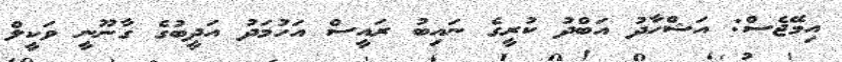
އިމޭޖެސް: އަޝްހާދު އަބްދު ކުރީގެ ނައިބު ރައީސް އަހުމަދު އަދީބުގެ ގާނޫނީ ވަކީލް